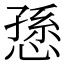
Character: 愻